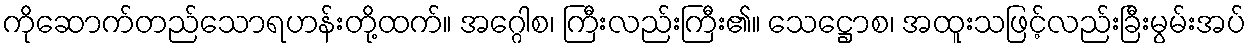
ကိုဆောက်တည်သောရဟန်းတို့ထက်။ အဂ္ဂေါစ၊ ကြီးလည်းကြီး၏။ သေဋ္ဌောစ၊ အထူးသဖြင့်လည်းခြီးမွမ်းအပ်